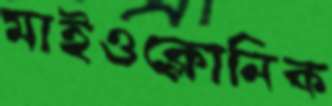
মাইওক্লোনিক